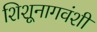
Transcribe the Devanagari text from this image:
शिशूनागवंशी